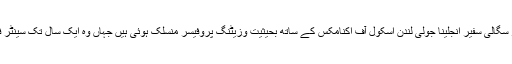
ہالی وڈ کی مشہور اداکارہ اور اقوام متحدہ کی مہاجرین کے لیے خیر سگالی سفیر انجلینا جولی لندن اسکول آف اکنامکس کے ساتھ بحیثیت وزیٹنگ پروفیسر منسلک ہوئی ہیں جہاں وہ ایک سال تک سینٹر فار ویمن، پیس اینڈ سیکیورٹی میں ماسٹرز کے طلبہ کو پڑھائیں گی۔